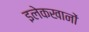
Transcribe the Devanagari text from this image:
इलेकखानों